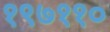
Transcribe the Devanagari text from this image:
१९७११०